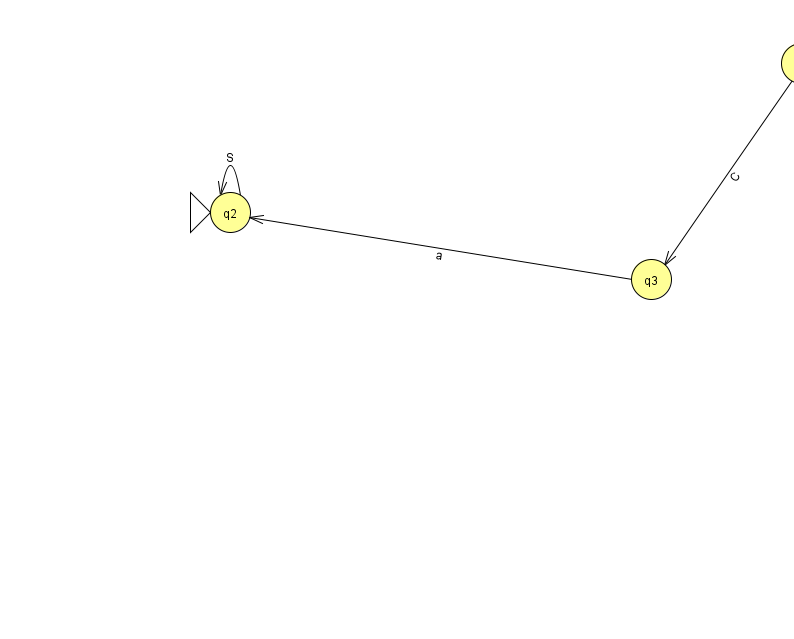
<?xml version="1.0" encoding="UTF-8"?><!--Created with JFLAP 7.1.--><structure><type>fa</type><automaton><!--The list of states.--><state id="0" name="q0"><x>801.0</x><y>50.0</y></state><state id="2" name="q2"><x>230.0</x><y>199.0</y><initial/></state><state id="3" name="q3"><x>651.0</x><y>266.0</y></state><!--The list of transitions.--><transition><from>2</from><to>2</to><read>S</read></transition><transition><from>0</from><to>3</to><read>C</read></transition><transition><from>3</from><to>2</to><read>a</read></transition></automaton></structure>